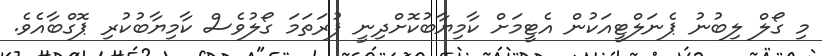
މި ގޯލް ލިބުނު ޕެނަލްޓީއަކުން އެޓީމަށް ކާމިޔާބުކޮށްދިނީ ފުރަތަމަ ގޯލުވެސް ކާމިޔާބުކުރި ޕޮގްބާއެވެ.